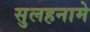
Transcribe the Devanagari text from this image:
सुलहनामे